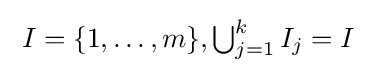
{\textstyle \;I=\{1,\ldots ,m\},\bigcup _{j=1}^{k}I_{j}=I}